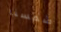
شمسنا